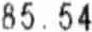
85.54